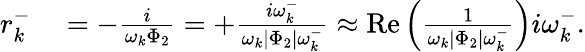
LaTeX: \begin{array}{rl}{r_{k}^{-}}&{{}=-\frac{i}{\omega_{k}\Phi_{2}}=+\frac{i\omega_{k}^{-}}{\omega_{k}|\Phi_{2}|\omega_{k}^{-}}\approx\operatorname{Re}\left(\frac{1}{\omega_{k}|\Phi_{2}|\omega_{k}^{-}}\right)i\omega_{k}^{-}.}\end{array}